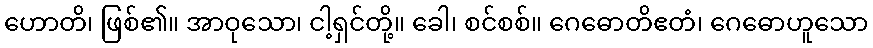
ဟောတိ၊ ဖြစ်၏။ အာဝုသော၊ ငါ့ရှင်တို့။ ခေါ၊ စင်စစ်။ ဂေဓောတိဧတံ၊ ဂေဓောဟူသော